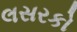
લસરકો